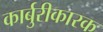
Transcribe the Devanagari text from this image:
कार्बुरीकारक